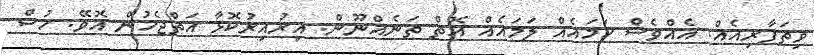
ވިތަފާރިއެއް. އެއްވެސް ހަމައެއް ލަމައެއް އޮތް ތަނެއްނޫން. އިރުއިރުކޮޅާ އަތްޖެހުން އޮވޭ. ހުސް